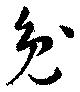
兔